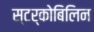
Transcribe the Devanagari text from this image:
स्‍टर्कोबिलिन